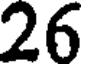
26